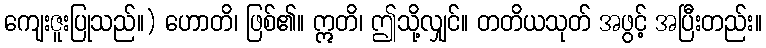
ကျေးဇူးပြုသည်။) ဟောတိ၊ ဖြစ်၏။ ဣတိ၊ ဤသို့လျှင်။ တတိယသုတ် အဖွင့် အပြီးတည်း။